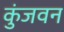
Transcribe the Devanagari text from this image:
कुंजवन